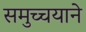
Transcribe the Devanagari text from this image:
समुच्चयाने